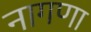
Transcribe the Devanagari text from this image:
नागणा